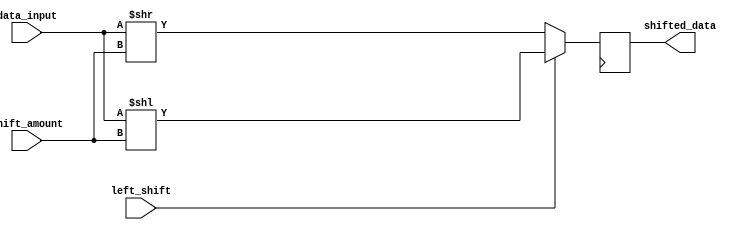
module Hybrid_Barrel_Shifter (
    input wire [7:0] data_input,
    input wire [2:0] shift_amount,
    input wire left_shift,
    output reg [7:0] shifted_data
);

reg [7:0] shifted_data_temp;

always @(*)
begin
    if(left_shift)
    begin
        shifted_data_temp = data_input << shift_amount;
    end
    else
    begin
        shifted_data_temp = data_input >> shift_amount;
    end
end

always @(posedge clk)
begin
    shifted_data <= shifted_data_temp;
end

endmodule